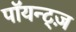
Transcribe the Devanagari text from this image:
पॉयन्ट्ज़